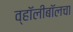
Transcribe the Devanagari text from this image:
व्हॉलीबॉलचा